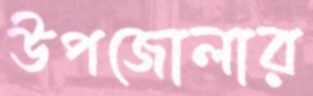
উপজোলার